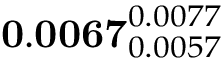
\mathbf { 0 . 0 0 6 7 } _ { 0 . 0 0 5 7 } ^ { 0 . 0 0 7 7 }